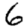
Digit: 6